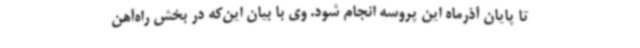
تا پایان آذرماه این پروسه انجام شود. وی با بیان این‌که در بخش راه‌آهن